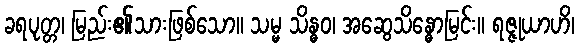
ခရပုတ္တ၊ မြည်း၏သားဖြစ်သော။ သမ္မ သိန္ဓဝ၊ အဆွေသိန္ဓောမြင်း။ ရဇ္ဇုယာဟိ၊